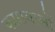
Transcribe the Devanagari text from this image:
कारावासों